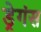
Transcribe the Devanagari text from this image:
ड्रेगंस